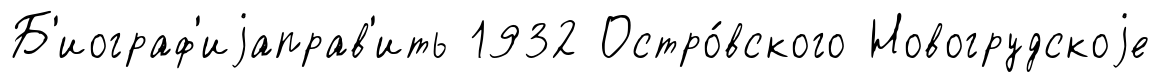
Б'иограф'иjаправ'ить 1932 Остро́вского Новогрудскоjе